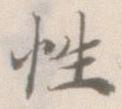
性